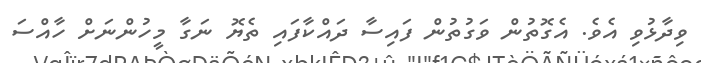
ވިދާޅުވި އެވެ. އެގޮތުން ވަގުތުން ފައިސާ ދައްކާފައި ތެޔޮ ނަގާ މީހުންނަށް ހާއްސަ